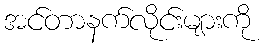
အင်တာနက်လိုင်းများကို